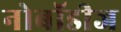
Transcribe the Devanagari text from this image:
नोबॉडीज